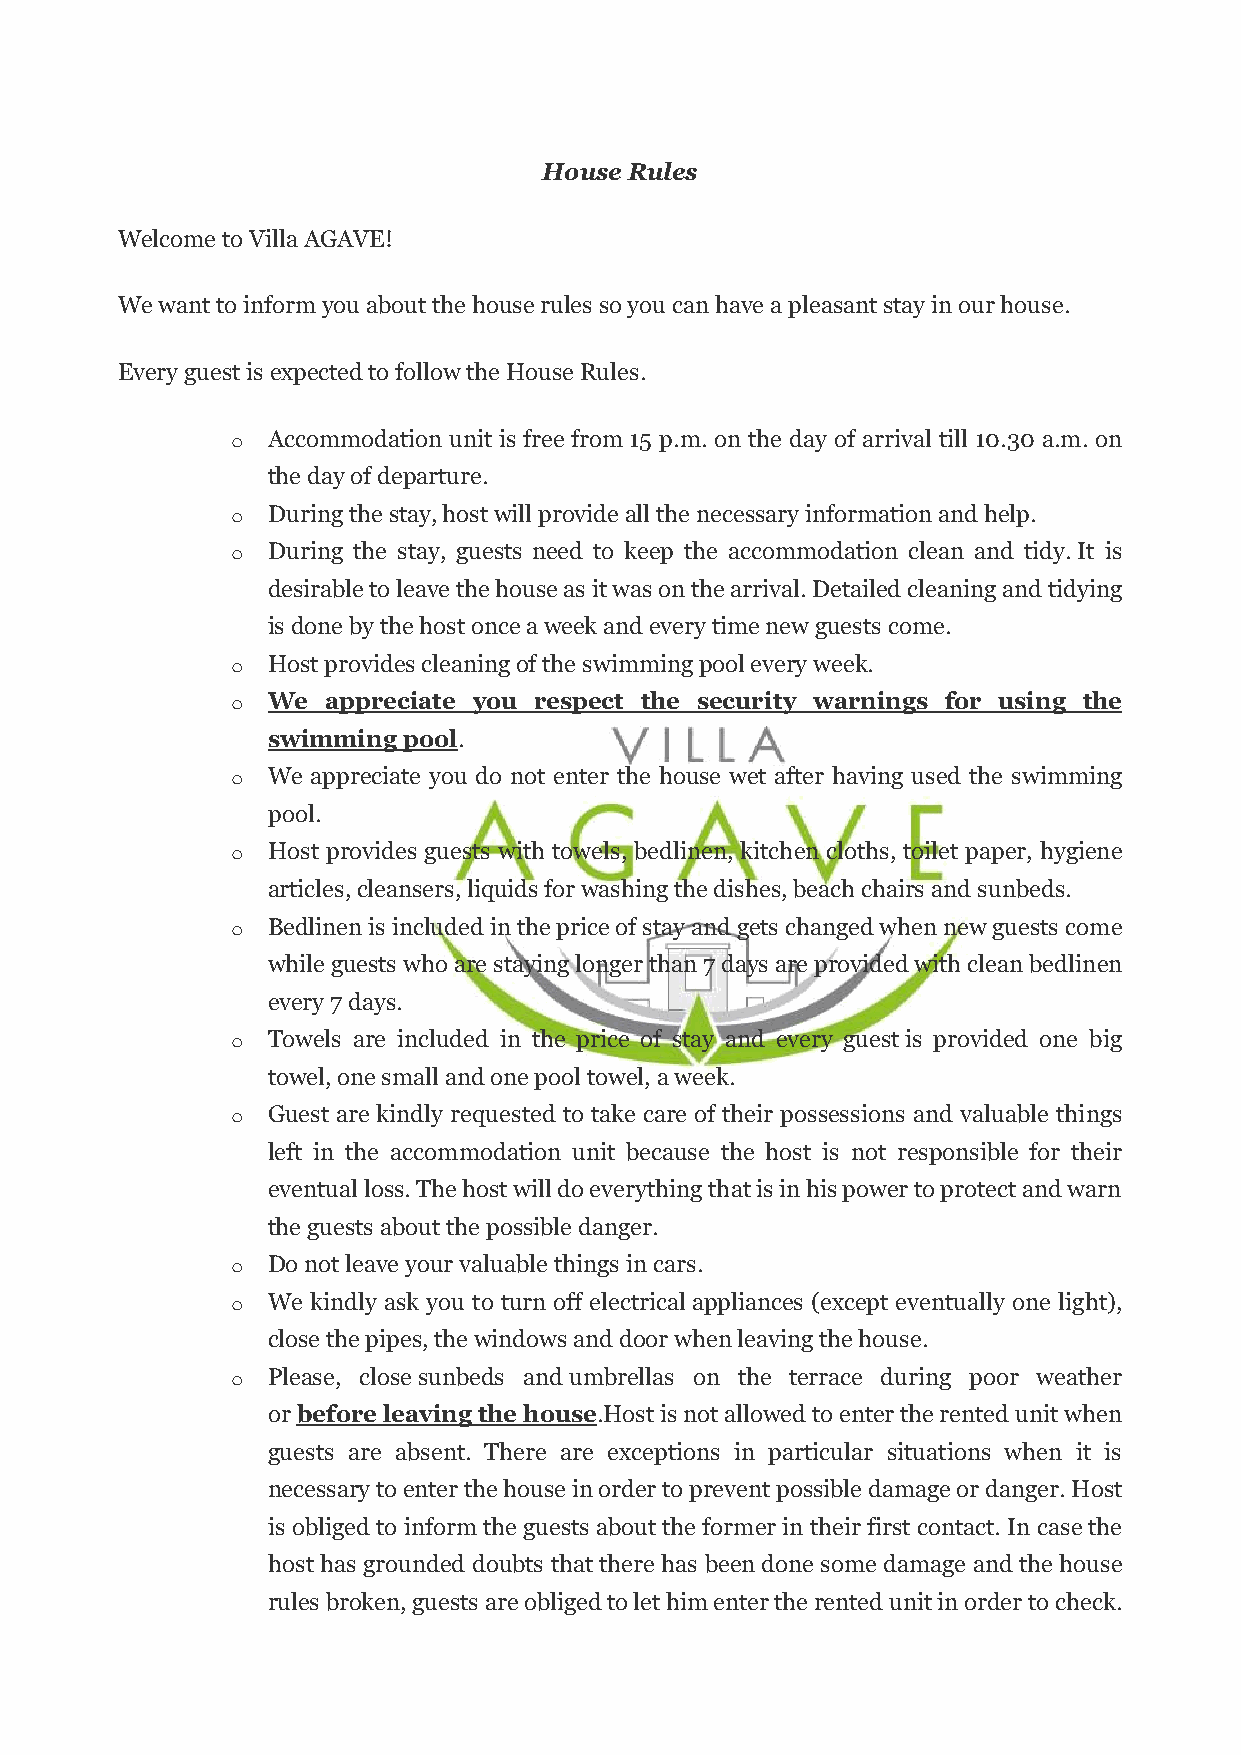
House Rules
 Welcome to Villa AGAVE!
 We want to inform you about the house rules so you can have a pleasant stay in our house.
 Every guest is expected to follow the House Rules.
 o  Accommodation unit is free from 15 p.m. on the day of arrival till 10.30 a.m. on
 the day of departure.
 o  During the stay, host will provide all the necessary information and help.
 o  During the stay, guests need to keep the accommodation clean and tidy. It is
 desirable to leave the house as it was on the arrival. Detailed cleaning and tidying
 is done by the host once a week and every time new guests come.
 o  Host provides cleaning of the swimming pool every week.
 o  We  appreciate you respect the security warnings for using the
 swimming pool.
 o  We appreciate you do not enter the house wet after having used the swimming
 pool.
 o  Host provides guests with towels, bedlinen, kitchen cloths, toilet paper, hygiene
 articles, cleansers, liquids for washing the dishes, beach chairs and sunbeds.
 o  Bedlinen is included in the price of stay and gets changed when new guests come
 while guests who are staying longer than 7 days are provided with clean bedlinen
 every 7 days.
 o  Towels are included in the price of stay and every guest is provided one big
 towel, one small and one pool towel, a week.
 o  Guest are kindly requested to take care of their possessions and valuable things
 left in the accommodation unit because the host is not responsible for their
 eventual loss. The host will do everything that is in his power to protect and warn
 the guests about the possible danger.
 o  Do not leave your valuable things in cars.
 o  We kindly ask you to turn off electrical appliances (except eventually one light),
 close the pipes, the windows and door when leaving the house.
 o  Please, close sunbeds and umbrellas on the terrace during poor weather
 or before leaving the house.Host is not allowed to enter the rented unit when
 guests are absent. There are exceptions in particular situations when it is
 necessary to enter the house in order to prevent possible damage or danger. Host
 is obliged to inform the guests about the former in their first contact. In case the
 host has grounded doubts that there has been done some damage and the house
 rules broken, guests are obliged to let him enter the rented unit in order to check.